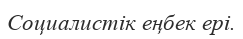
Социалистік еңбек ері.